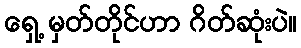
ရှေ့ မှတ်တိုင်ဟာ ဂိတ်ဆုံးပဲ။